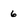
Character: 6